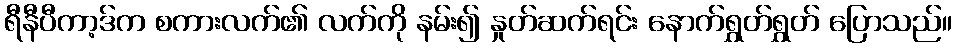
ရီနီပီကာ့ဒ်က စကားလက်၏ လက်ကို နမ်း၍ နှုတ်ဆက်ရင်း နောက်ရွှတ်ရွှတ် ပြောသည်။